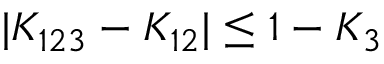
| K _ { 1 2 3 } - K _ { 1 2 } | \le 1 - K _ { 3 }